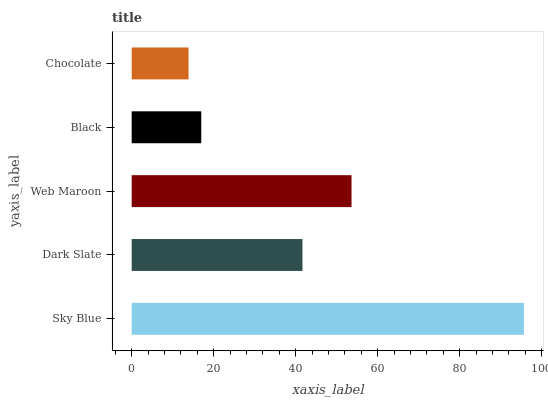
| yaxis_label | bars |
 | --- | --- |
 | Sky Blue | 95.6 |
 | Dark Slate | 41.6 |
 | Web Maroon | 53.6 |
 | Black | 17 |
 | Chocolate | 13.9 |